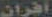
افران